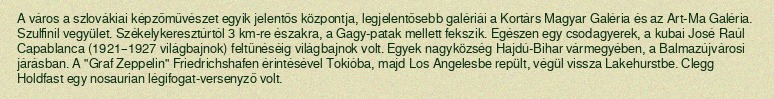
A város a szlovákiai képzőművészet egyik jelentős központja, legjelentősebb galériái a Kortárs Magyar Galéria és az Art-Ma Galéria. Szulfinil vegyület. Székelykeresztúrtól 3 km-re északra, a Gagy-patak mellett fekszik. Egészen egy csodagyerek, a kubai José Raúl Capablanca (1921–1927 világbajnok) feltűnéséig világbajnok volt. Egyek nagyközség Hajdú-Bihar vármegyében, a Balmazújvárosi járásban. A "Graf Zeppelin" Friedrichshafen érintésével Tokióba, majd Los Angelesbe repült, végül vissza Lakehurstbe. Clegg Holdfast egy nosaurian légifogat-versenyző volt.